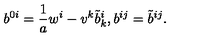
b ^ { 0 i } = \frac { 1 } { a } w ^ { i } - v ^ { k } { \tilde { b } } _ { k } ^ { i } , b ^ { i j } = { \tilde { b } } ^ { i j } .